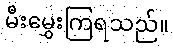
မီးမွှေးကြရသည်။